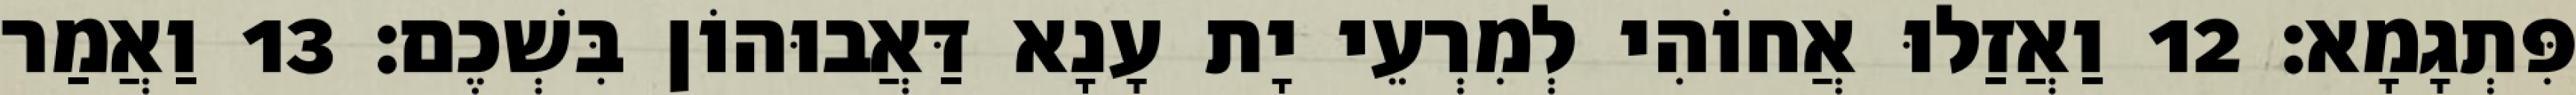
פִּתְגָמָא׃ 12 וַאֲזַלוּ אֲחוֹהִי לְמִרְעֵי יָת עָנָא דַּאֲבוּהוֹן בִּשְׁכֶם׃ 13 וַאֲמַר